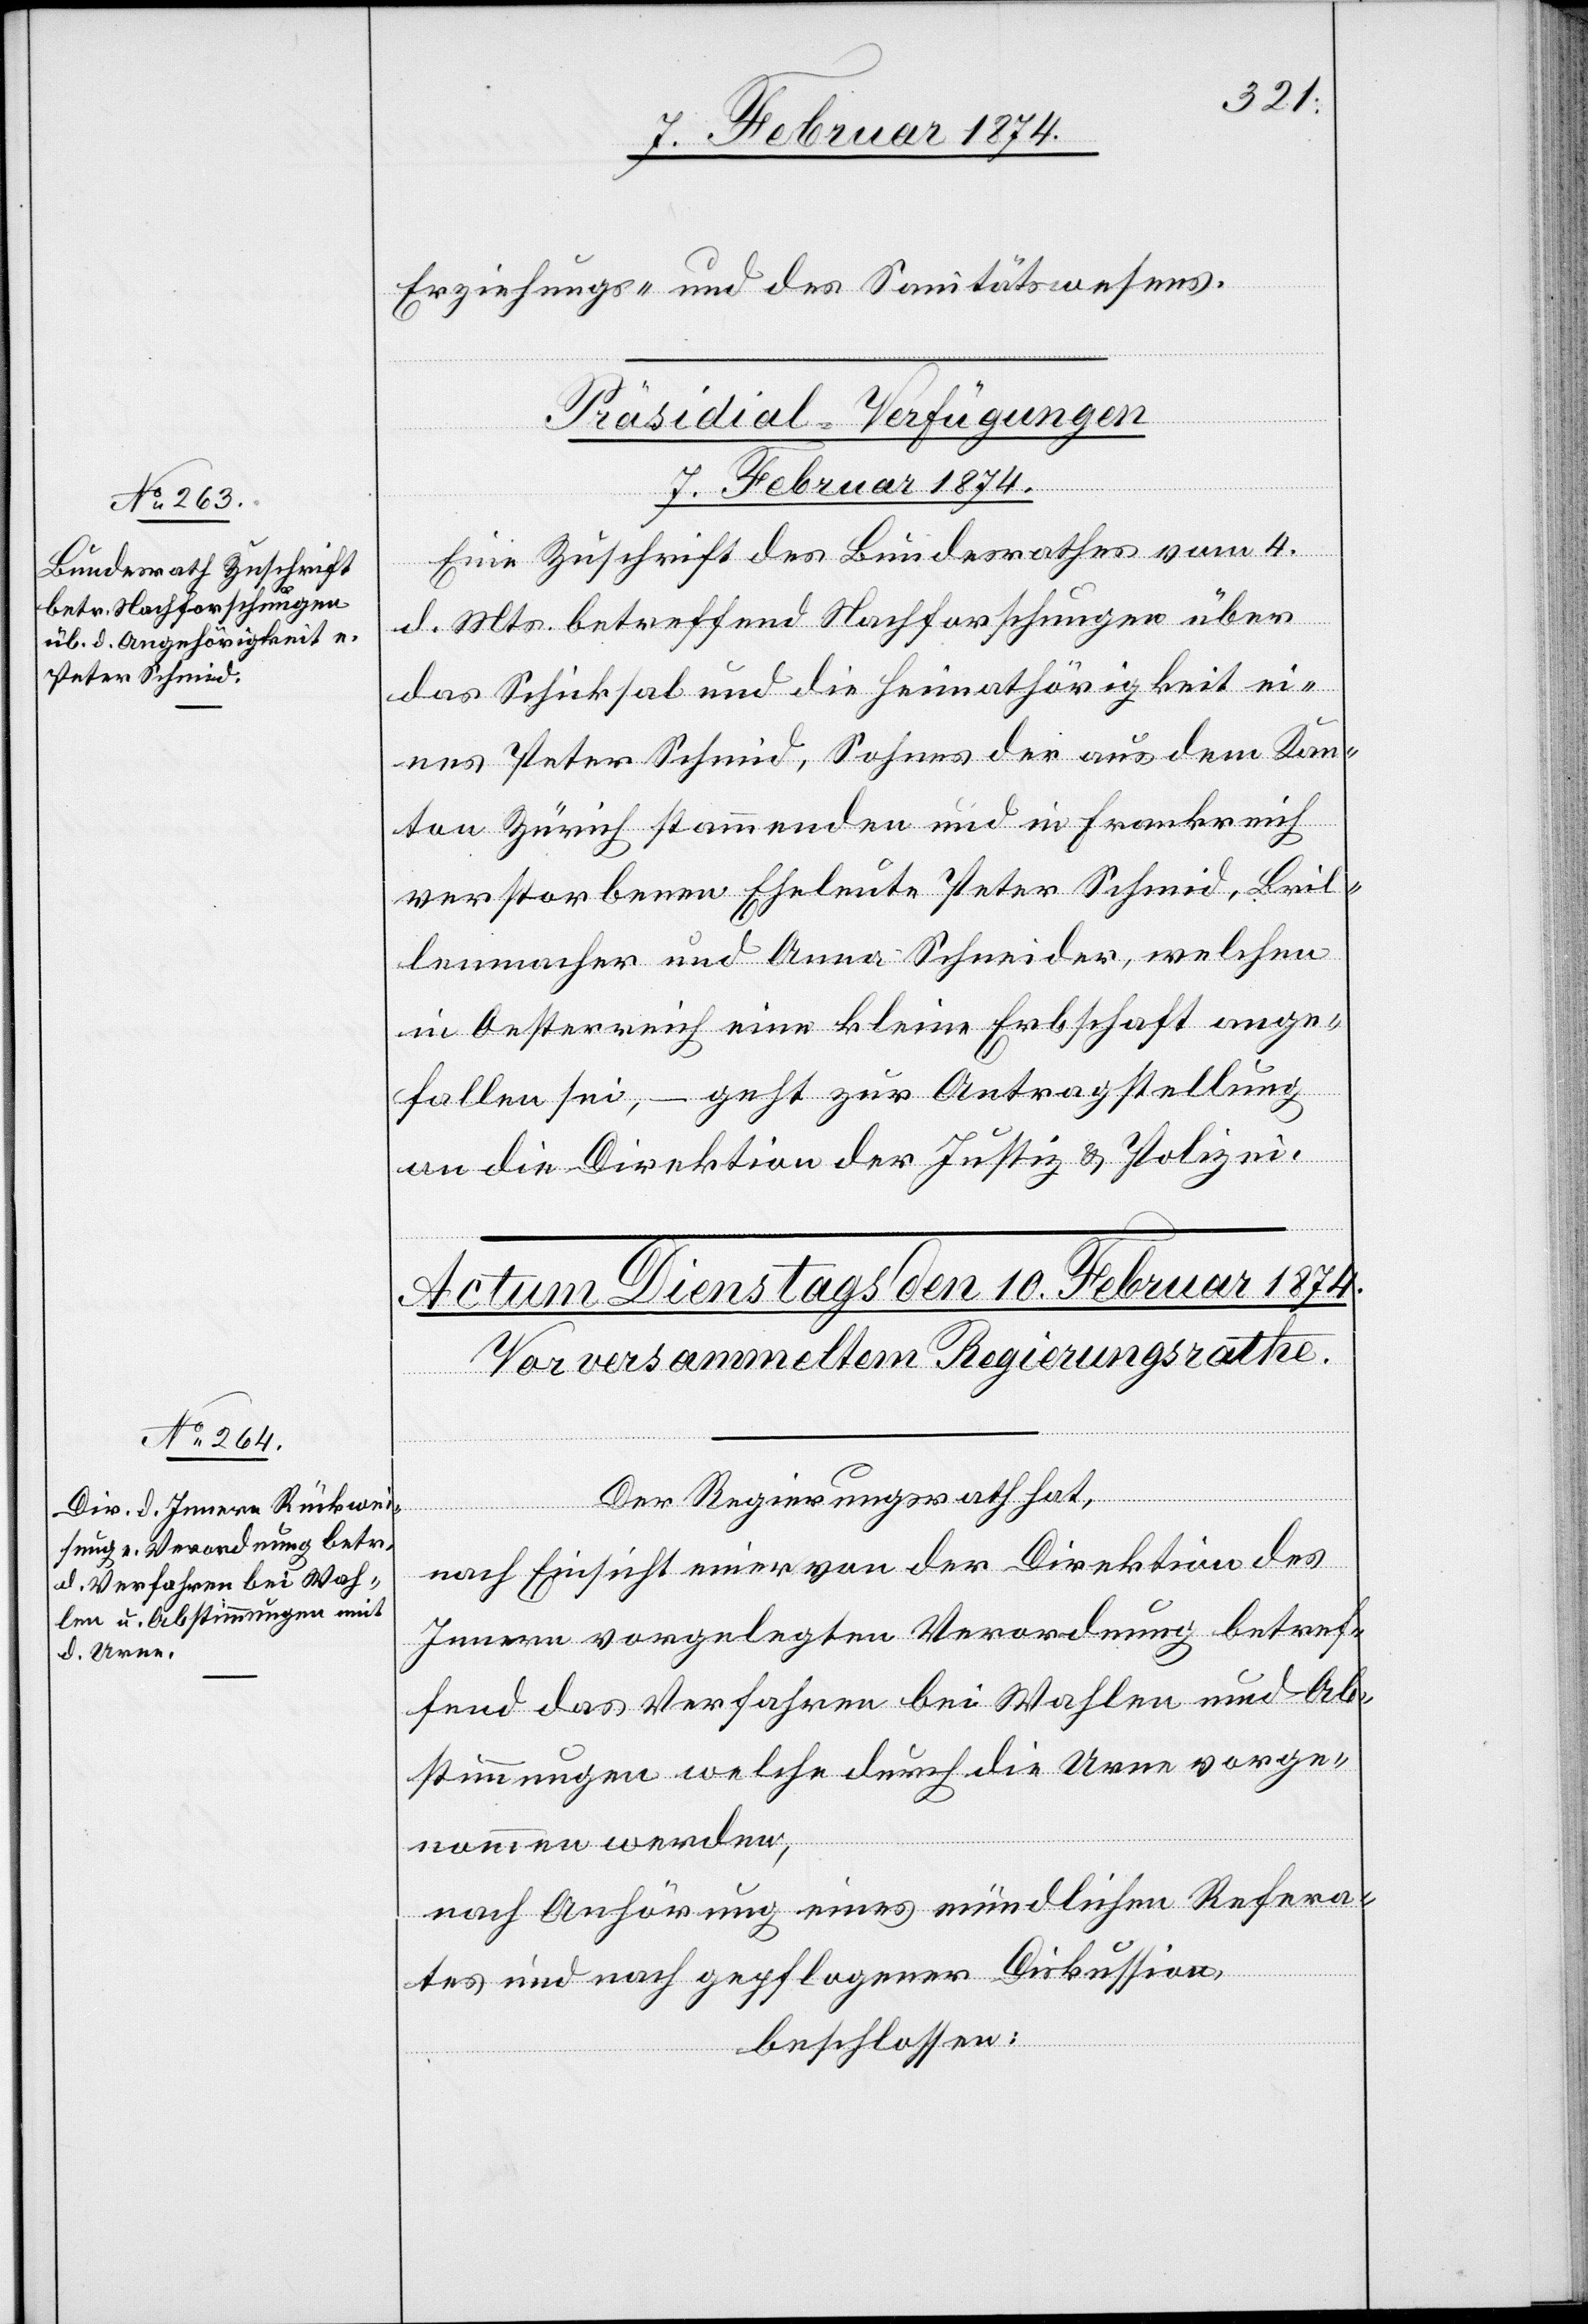
Erziehungs- und des Sanitätswesens.
Präsidial-Verfügungen
7. Februar 1874.
Eine Zuschrift des Bundesrathes vom 4.
d. Mts. betreffend Nachforschungen über
das Schicksal und die Heimathörigkeit ei¬
nes Peter Schmid, Sohnes der aus dem Kan¬
ton Zürich stammenden und in Frankreich
verstorbenen Eheleute Peter Schmid, Bril¬
lenmacher und Anna Schneider, welchen
in Oesterreich eine kleine Erbschaft ange¬
fallen sei, – geht zur Antragstellung
an die Direktion der Justiz- u. Polizei.
Der Regierungsrath hat,
nach Einsicht einer von der Direktion des
Innern vorgelegten Verordnung betref¬
fend das Verfahren bei Wahlen und Ab¬
stimmungen welche durch die Urne vorge¬
nommen werden,
nach Anhörung eines mündlichen Refera¬
tes und nach gepflogener Diskussion,
beschlossen: